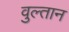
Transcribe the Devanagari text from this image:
वुल्तान